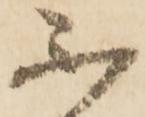
不